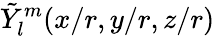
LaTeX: \tilde{Y}_{l}^{m}(x/r,y/r,z/r)